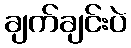
ချက်ချင်းပဲ